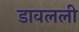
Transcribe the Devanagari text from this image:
डावलली